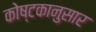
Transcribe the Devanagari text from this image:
कोष्टकानुसार